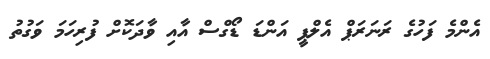
އެންމެ ފަހުގެ ރަނަރަޕް އެލްޕީ އަންޑަ ޑޯގްސް އާއި ވާދަކޮށް ފުރިހަމަ ވަގުތު